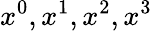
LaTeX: x^{0},x^{1},x^{2},x^{3}